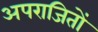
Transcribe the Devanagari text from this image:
अपराजितों